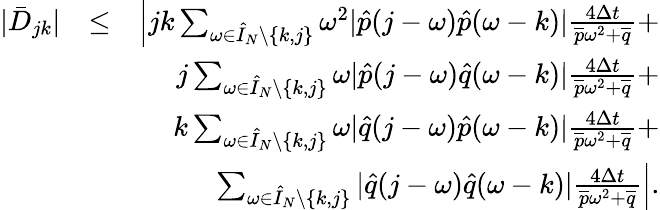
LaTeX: \begin{array}{rlr}{|\bar{D}_{jk}|}&{\leq}&{\left|jk\sum_{\omega\in\hat{I}_{N}\setminus\{ k,j\} }\omega^{2}|\hat{p}(j-\omega)\hat{p}(\omega-k)|\frac{4\Delta t}{\overline{{p}}\omega^{2}+\overline{{q}}}+\right.}\\ &{}&{\left.j\sum_{\omega\in\hat{I}_{N}\setminus\{ k,j\} }\omega|\hat{p}(j-\omega)\hat{q}(\omega-k)|\frac{4\Delta t}{\overline{{p}}\omega^{2}+\overline{{q}}}+\right.}\\ &{}&{\left.k\sum_{\omega\in\hat{I}_{N}\setminus\{ k,j\} }\omega|\hat{q}(j-\omega)\hat{p}(\omega-k)|\frac{4\Delta t}{\overline{{p}}\omega^{2}+\overline{{q}}}+\right.}\\ &{}&{\left.\sum_{\omega\in\hat{I}_{N}\setminus\{ k,j\} }|\hat{q}(j-\omega)\hat{q}(\omega-k)|\frac{4\Delta t}{\overline{{p}}\omega^{2}+\overline{{q}}}\right|.}\end{array}